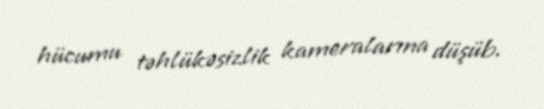
hücumu təhlükəsizlik kameralarına düşüb.